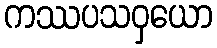
ကဿပသဝှယော